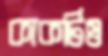
কাকটিও